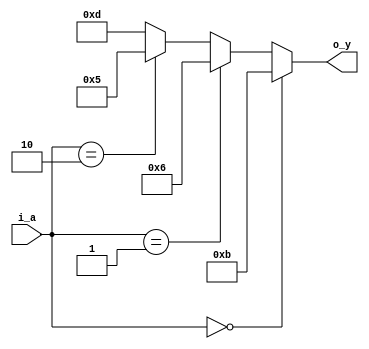
module decoder_2x4_if (
    input   wire    [1:0]   i_a,
    output  reg     [3:0]   o_y
);

always @(i_a)
begin
    if (i_a == 2'b00)
        o_y = 4'b1011;
    else if (i_a == 2'b01)
        o_y = 4'b0110;
    else if (i_a == 2'b10)
        o_y = 4'b0101;
    else
        o_y = 4'b1101;    
end

endmodule